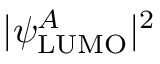
| \psi _ { \mathrm { L U M O } } ^ { A } | ^ { 2 }